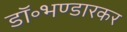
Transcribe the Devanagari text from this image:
डॉ॰भण्डारकर